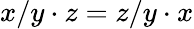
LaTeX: x/y\cdot z=z/y\cdot x